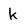
Character: k